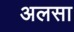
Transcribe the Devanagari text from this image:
अलसा